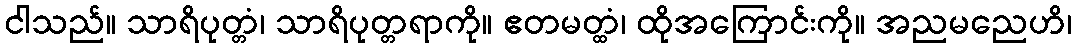
ငါသည်။ သာရိပုတ္တံ၊ သာရိပုတ္တရာကို။ ဧတမတ္ထံ၊ ထိုအကြောင်းကို။ အညမညေဟိ၊